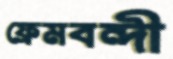
ফ্রেমবন্দী